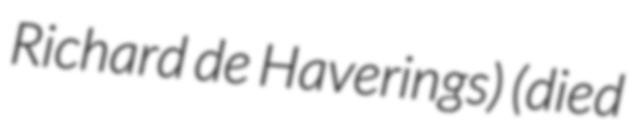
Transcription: Richard de Haverings) (died